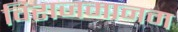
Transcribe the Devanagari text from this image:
विराजमानम